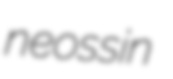
neossin